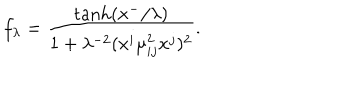
LaTeX: f _ { \lambda } = \frac { \tanh ( x ^ { - } / \lambda ) } { 1 + \lambda ^ { - 2 } ( x ^ { i } \mu _ { i j } ^ { 2 } x ^ { j } ) ^ { 2 } } .